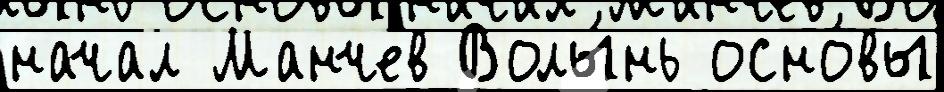
начал Манчев Волы́нь осно́вы